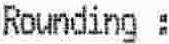
ROUNDING :